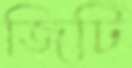
জিটি